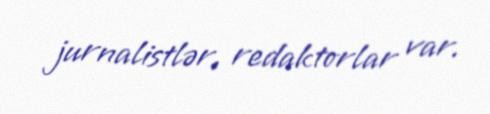
jurnalistlər, redaktorlar var.